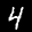
Label: 4